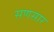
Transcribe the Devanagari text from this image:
सणसार